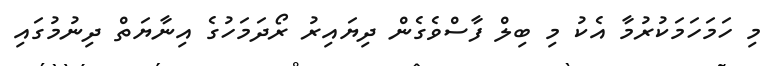
މި ހަމަހަމަކުރުމާ އެކު މި ބިލް ފާސްވެގެން ދިޔައިރު ރޯދަމަހުގެ އިނާޔަތް ދިނުމުގައި